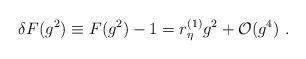
LaTeX: \begin{align*}\delta F(g^2) \equiv F(g^2) -1 = r^{(1)}_\eta g^2 + {\cal O}(g^4) \ .\end{align*}